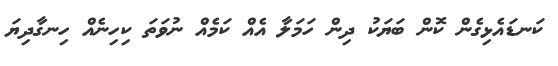
ކަނޑައެޅިގެން ކޮން ބަޔަކު ދިން ހަމަލާ އެއް ކަމެއް ނުވަތަ ކިހިނެއް ހިނގާދިޔަ